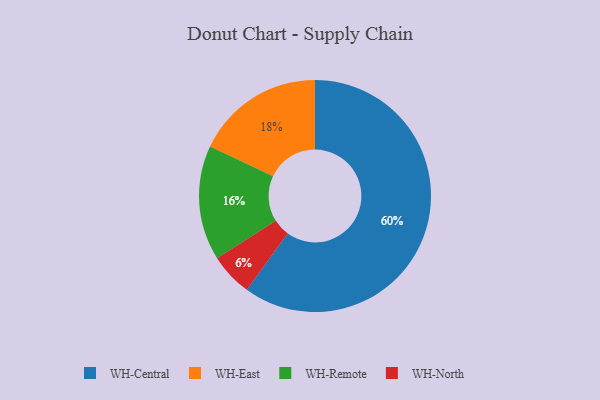
{"axis": {"x": "Category", "y": "Percentage"}, "legend": ["WH-Central", "WH-East", "WH-North", "WH-Remote"], "data": [{"x": "WH-Central", "y": 60, "type": "WH-Central"}, {"x": "WH-East", "y": 18, "type": "WH-East"}, {"x": "WH-Remote", "y": 16, "type": "WH-Remote"}, {"x": "WH-North", "y": 6, "type": "WH-North"}]}